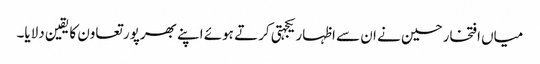
میاں افتخارحسین نے ان سے اظہار یکجہتی کرتے ہوئے اپنے بھرپور تعاون کا یقین دلایا۔